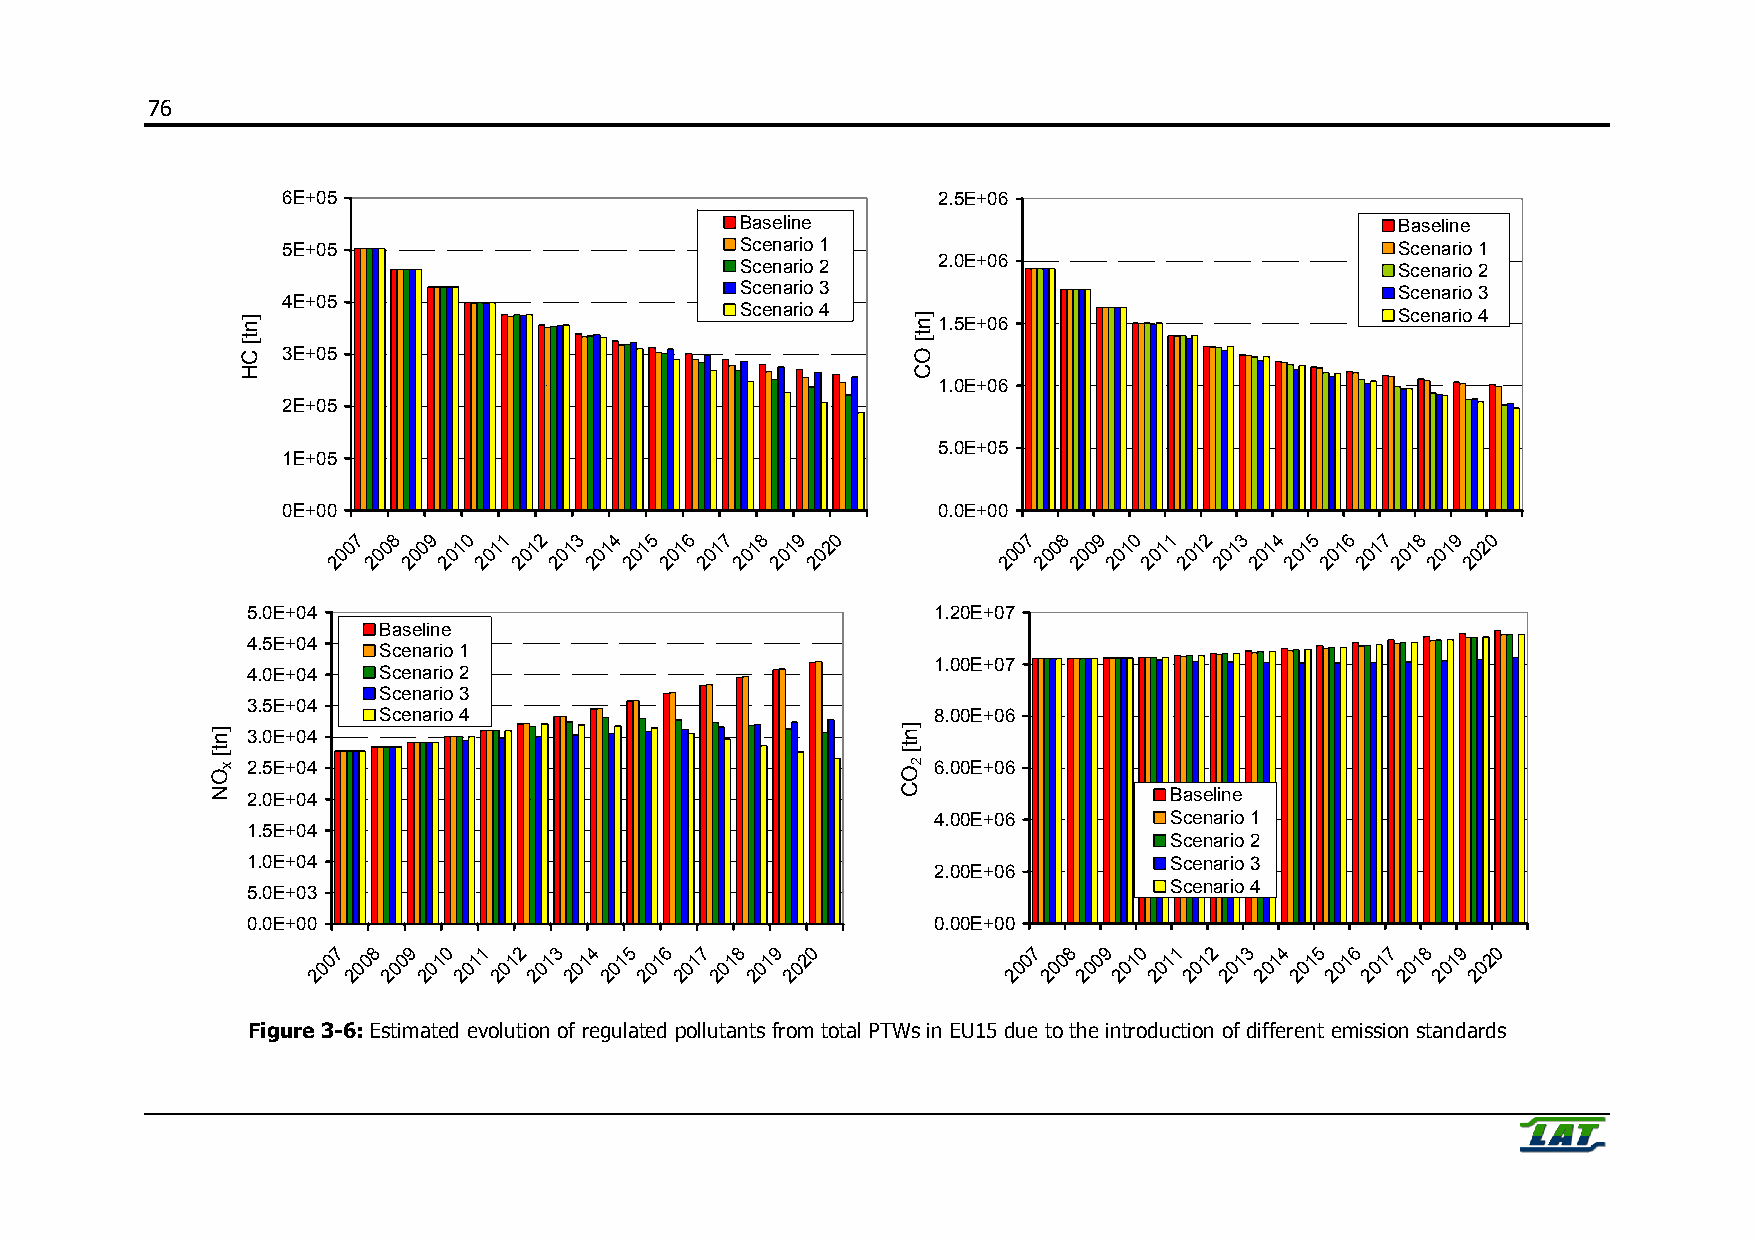
76
 6E+05                                      2.5E+06
 Baseline                                    Baseline
 5E+05                         Scenario 1                                  Scenario 1
 Scenario 2   2.0E+06                        Scenario 2
 Scenario 3                                  Scenario 3
 4E+05
 Scenario 4                                  Scenario 4 1.5E+06
 3E+05
 1.0E+06
 `
 2E+05
 5.0E+05
 1E+05
 0E+00                                      0.0E+00
 7  8 9  0 1  2 3 4  5 6  7 8  9 0            7 8  9 0 1  2 3 4  5 6 7  8 9  0
 0 0  0 1  1 1  1 1 1  1 1  1 1  2           0  0 0 1  1 1 1  1 1  1 1 1  1 2
 0  0 0  0 0  0 0  0 0 0  0 0  0 0            0 0  0 0 0  0 0 0  0 0 0  0 0  0
 2 2  2 2  2 2  2 2 2  2 2  2 2  2           2  2 2 2  2 2  2 2 2  2 2 2  2 2
 5.0E+04                                       1.20E+07
 Baseline
 4.5E+04
 Scenario 1
 1.00E+07
 4.0E+04  Scenario 2
 Scenario 3
 3.5E+04
 Scenario 4                           8.00E+06
 3.0E+04
 2.5E+04                                       6.00E+06
 2.0E+04                                                      Baseline
 `                                             `
 4.00E+06       Scenario 1
 1.5E+04
 Scenario 2
 1.0E+04                                                      Scenario 3
 2.00E+06
 Scenario 4
 5.0E+03
 0.0E+00                                       0.00E+00
 7  8 9 0  1 2  3 4 5  6 7  8 9  0             7  8 9 0  1 2 3  4 5 6  7 8  9 0
 0 0 0  1 1  1 1  1 1 1  1 1  1 2              0 0 0  1 1  1 1 1  1 1 1  1 1 2
 0  0 0 0  0 0  0 0 0  0 0  0 0  0             0  0 0 0  0 0 0  0 0 0  0 0  0 0
 2 2 2  2 2  2 2  2 2 2  2 2  2 2              2 2 2  2 2  2 2 2  2 2 2  2 2 2
 Figure 3-6: Estimated evolution of regulated pollutants from total PTWs in EU15 due to the introduction of different emission standards
 ]nt[
 ON x
 ]nt[
 CH
 ]nt[
 OC
 ]nt[
 OC
 2